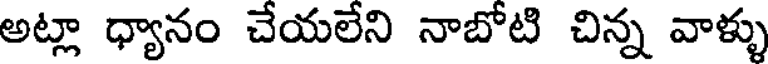
అట్లా ధ్యానం చేయలేని నాబోటి చిన్న వాళ్ళు